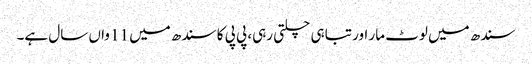
سندھ میں لوٹ مار اور تباہی چلتی رہی، پی پی کا سندھ میں 11 واں سال ہے۔